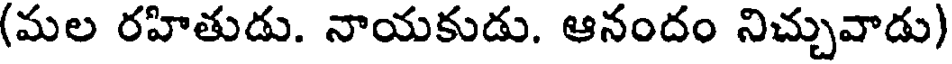
(మల రహితుడు. నాయకుడు. ఆనందం నిచ్చువాడు)